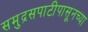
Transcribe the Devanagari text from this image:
समुद्रसपाटीपासूनच्या